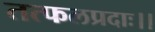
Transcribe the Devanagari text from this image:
तत्फलप्रदाः।।